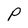
Character: P